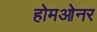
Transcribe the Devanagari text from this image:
होमओनर